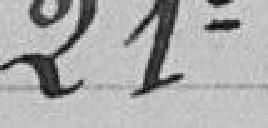
21°